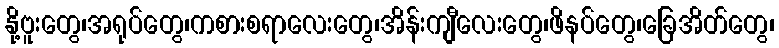
နို့ဗူးတွေ၊အရုပ်တွေ၊ကစားစရာလေးတွေ၊အိန်းကျီလေးတွေ၊ဖိနပ်တွေ၊ခြေအိတ်တွေ၊